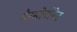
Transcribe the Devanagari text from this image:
गैरमोटोरेन